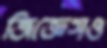
জিজ্ঞেসও